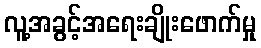
လူ့အခွင့်အရေးချိုးဖောက်မှု